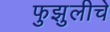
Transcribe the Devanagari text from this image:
फुझुलीचे